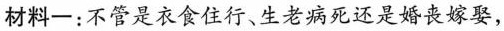
材料一:不管是衣食住行、生老病死还是婚丧嫁娶